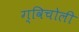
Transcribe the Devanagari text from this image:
ग्विचोली